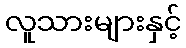
လူသားများနှင့်